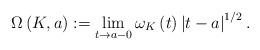
LaTeX: \begin{align*}\Omega\left(K,a\right):=\lim_{t\rightarrow a-0}\omega_{K}\left(t\right)\left|t-a\right|^{1/2}.\end{align*}